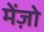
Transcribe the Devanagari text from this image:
मेंज़ो